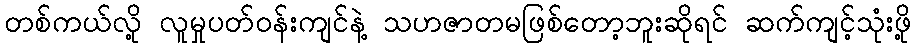
တစ်ကယ်လို့ လူမှုပတ်ဝန်းကျင်နဲ့ သဟဇာတမဖြစ်တော့ဘူးဆိုရင် ဆက်ကျင့်သုံးဖို့